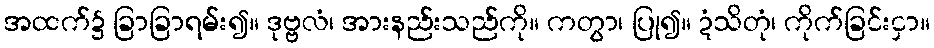
အထက်၌ ခြာခြာရမ်း၍။ ဒုဗ္ဗလံ၊ အားနည်းသည်ကို။ ကတွာ၊ ပြု၍။ ဍံသိတုံ၊ ကိုက်ခြင်းငှာ။